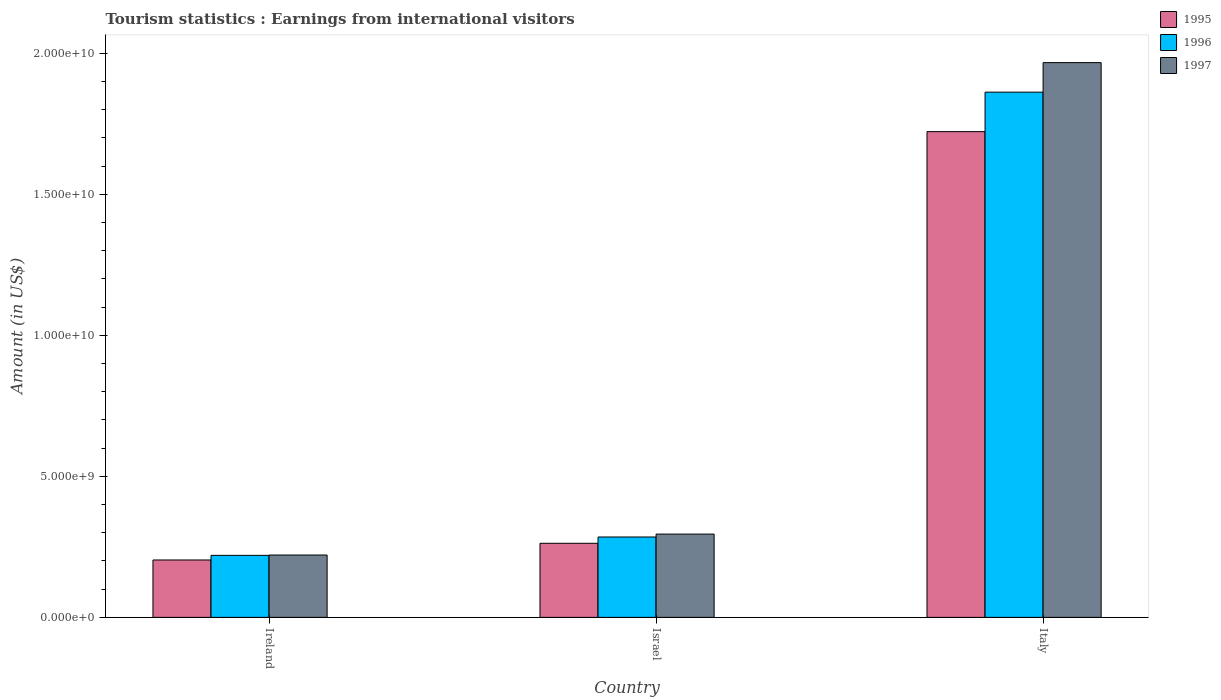
| Country | 1995 | 1996 | 1997 |
 | --- | --- | --- | --- |
 | Ireland | 2.03e+09 | 2.2e+09 | 2.21e+09 |
 | Israel | 2.63e+09 | 2.85e+09 | 2.95e+09 |
 | Italy | 1.72e+10 | 1.86e+10 | 1.97e+10 |